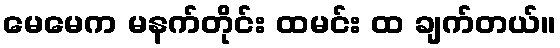
မေမေက မနက်တိုင်း ထမင်း ထ ချက်တယ်။